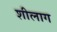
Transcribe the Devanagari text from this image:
शीलाग